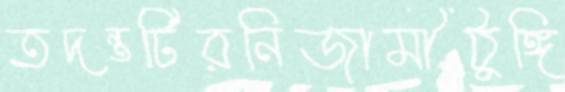
তদন্তটিরনিজামীঠুঙ্গি